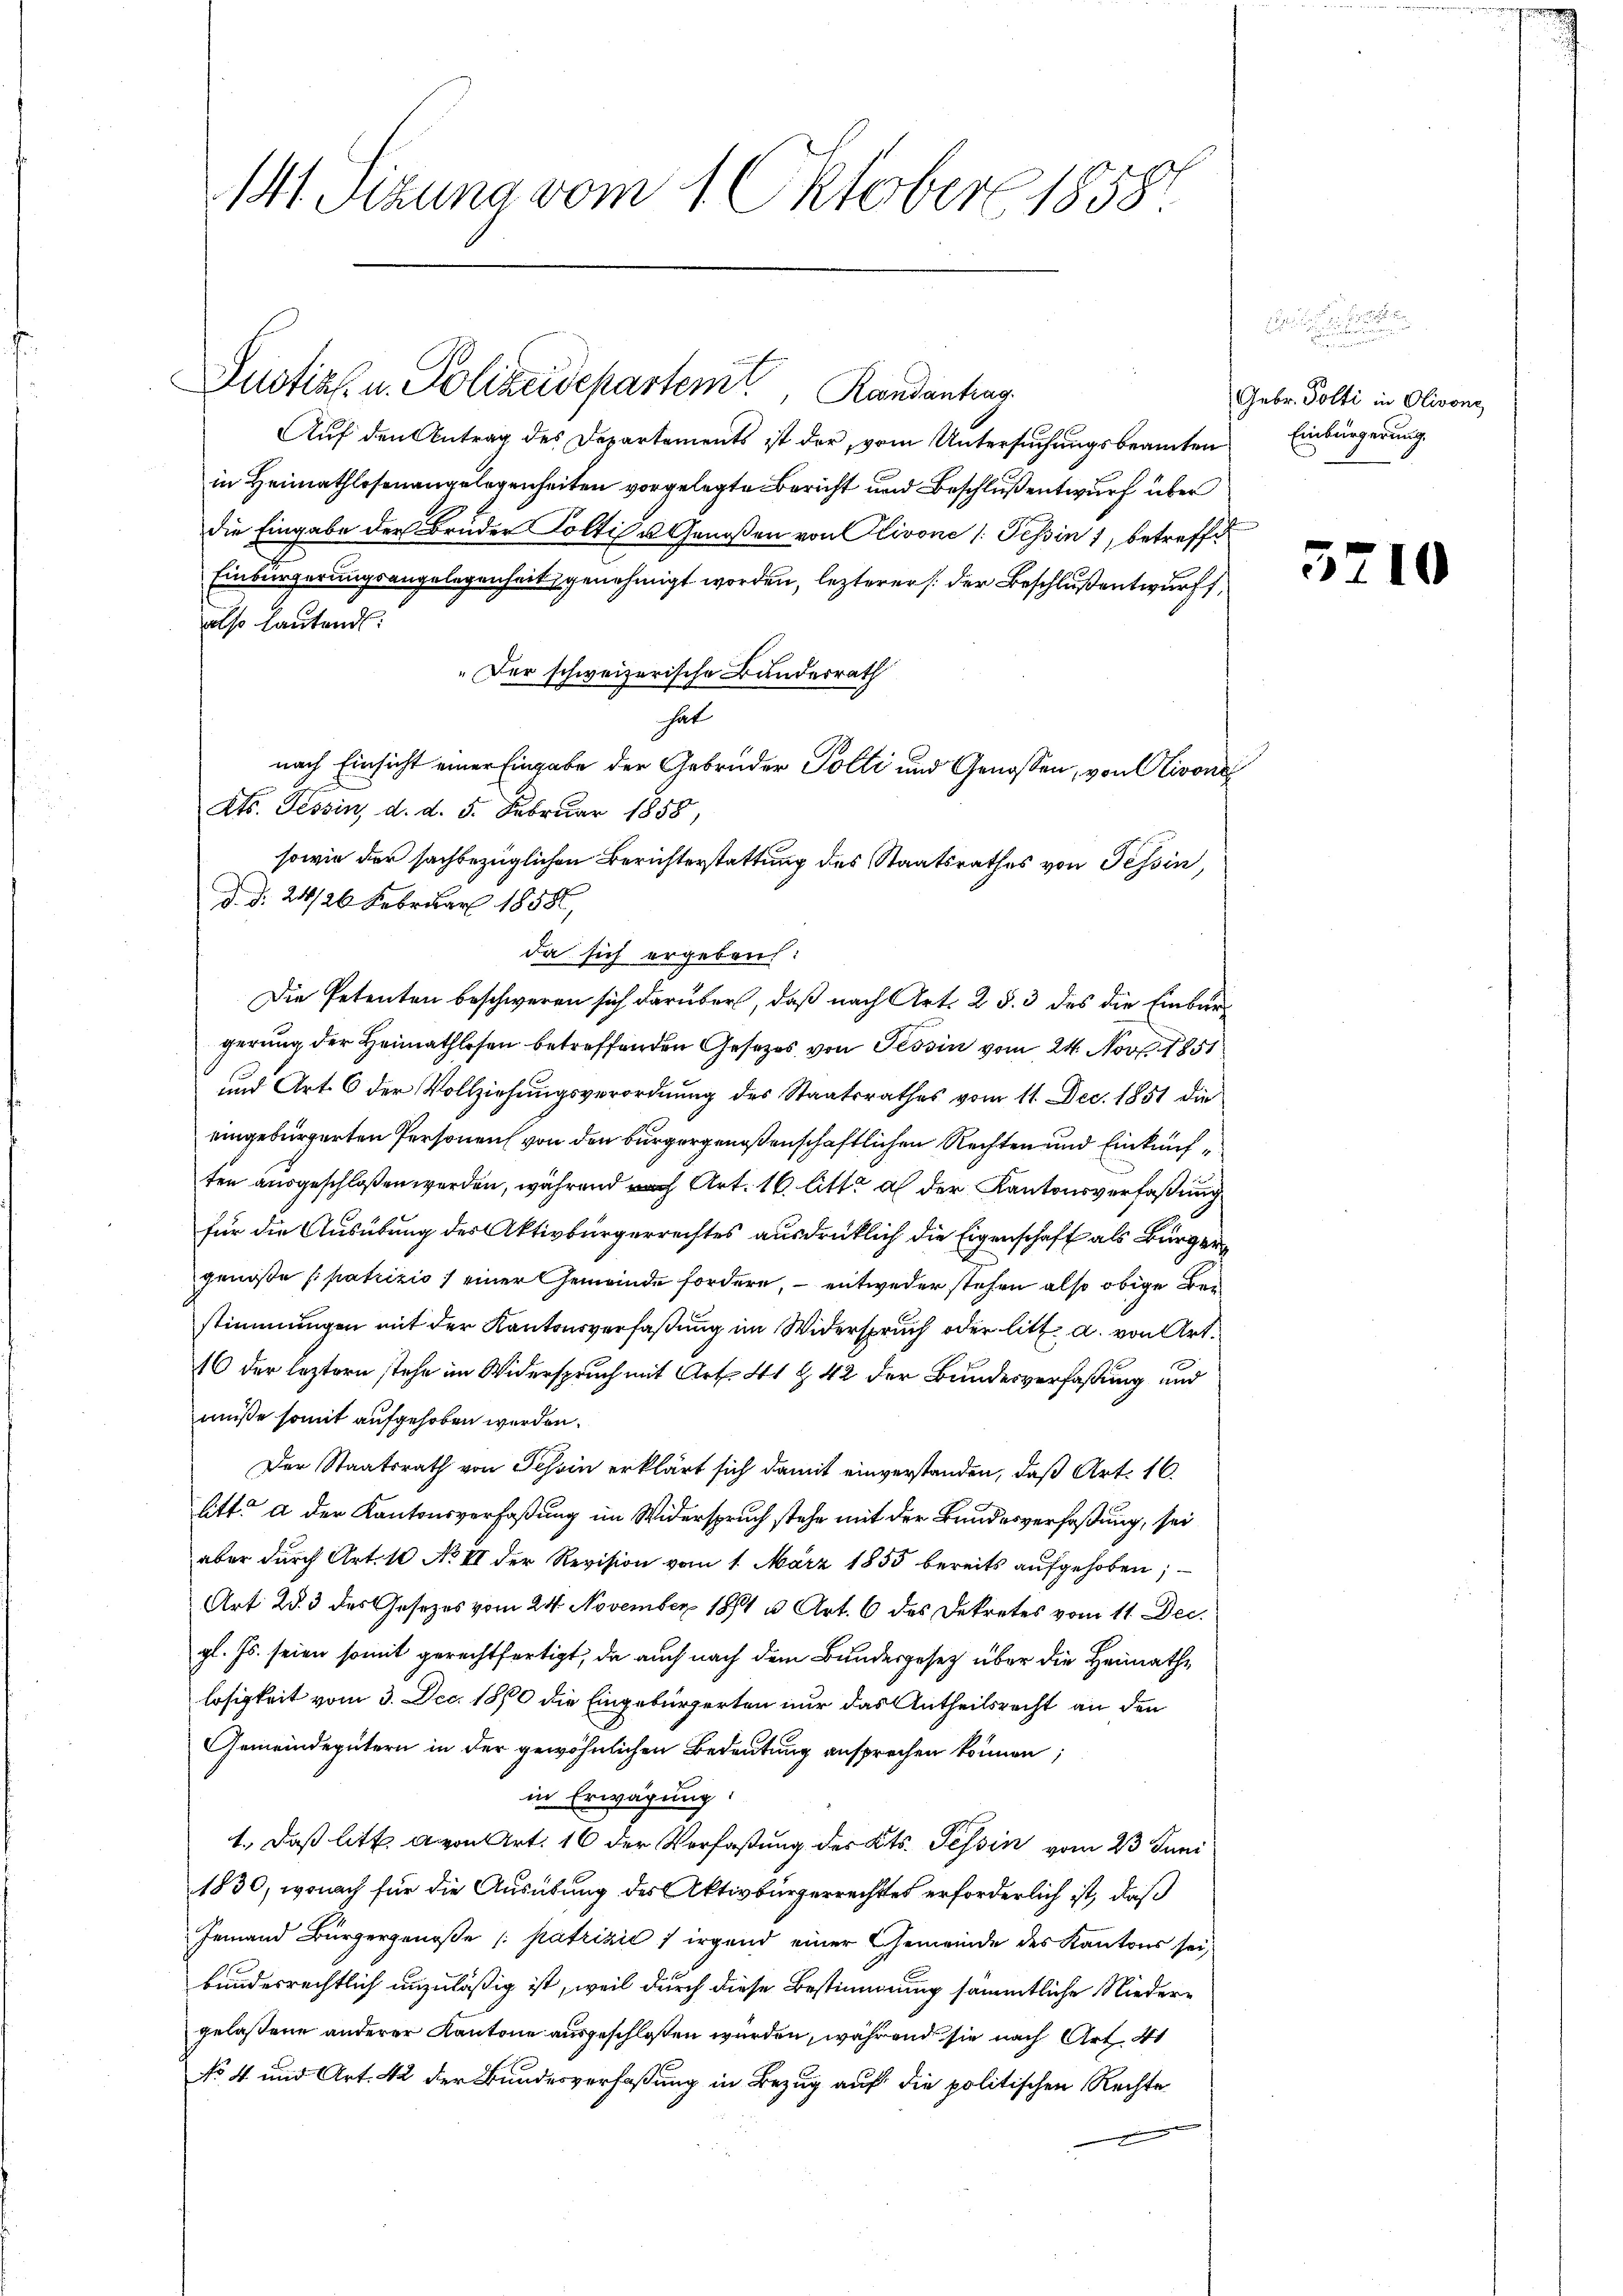
141. Sizung vom 1. Oktober 18587

Justiz u. Polizeidepartem Randantrag
Auf den Antrag des Departements ist der, vom Untersuchungsbeamten
in Heimathlosenangelegenheiten vorgelegte Bericht und Beschluß entwurf über
die Eingabe der Bruder Kollis u Genoßen von Olivone /: Tessin 1, betreffe
Einbürgerungsangelegenheit genehmigt worden, lezterer /: der Beschluß entwurf,
also lautend
„Der schweizerische Bundesrath
hat
nach Einsicht einer Eingabe der Gebrüder Polti und Genossen, von Clivone
Kts. Tessin, d. d. 5. Februar 1858,
sowie der sachbezüglichen Berichterstattung des Staatsrathes von Tessin,
d. d. 24/26. Februar 1858,
da sich ergeben:
Die Petenten beschweren sich darüber, daß nach Art. 2 § 3 des die Einburgerung der Heimathlosen betreffenden Gesetzes von Tessin vom 24. Nov. 1851
und Art. 6 der Vollziehungsverordnung des Staatsrathes vom 11. Dec. 1851 die
eingebürgerten Personen von den bürgergenossenschaftlichen Rechten und Einkünften ausgeschloßen werden, während nach Art. 16 litt. a der Kantonsverfaßung
für die Ausübung des Aktivbürgerrechtes ausdrüklich die Eigenschaft als Bürger
genoße (patrizio ; einer Gemeinde fordere, – entweder stehen also obige Bestimmungen mit der Kantonsverfaßung im Widerspruch oder litt. a. von Art.
16 der leztern stehe im Widerspruch mit Art. 41 § 42 der Bundesverfaßung und
müße somit aufgehoben werden.
Der Staatsrath von Schein erklärt sich damit einverstanden, daß Art. 16.
hitt. a der Kantonsverfaßung im Widerspruch stehe mit der Bundesverfaßung, sei
aber durch Art. 10 No III der Revision vom 1. März 1855 bereits aufgehoben;
Art. 28. 3 des Gesezes vom 24. November 1871 u. Art. 6 des Dekretes vom 11. Dec.
gl. Js. seien somit gerechtfertigt, da auch nach dem Bundesgesetz über die Heimathe
losigkeit vom 3. Dec. 1860 die Eingebürgerten nur das Antheilsrecht an den
Gemeindegütern in der gewöhnlichen Bedeutung ansprechen können;
in Erwägung:
1. Daß litt. a von Art. 16 der Verfaßung des Kts. Tessin vom 23 Juni
1830, wonach für die Ausübung des Aktivbürgerrechtes erforderlich ist, daß
Jemand Bürgergenoße /: patrizić / irgend einer Gemeinde des Kantons sei,
bundesrechtlich unzuläßig ist, weil durch diese Bestimmung sämmtliche Niedergelaßene anderer Kantone ausgeschloßen werden, während sie nach Art. 41
No 4 und Art. 42 der Bundesverfaßung in Bezug auf die politischen Rechte
e

Gebr. Polti in Olivone
Einbürgerung.

3

¬